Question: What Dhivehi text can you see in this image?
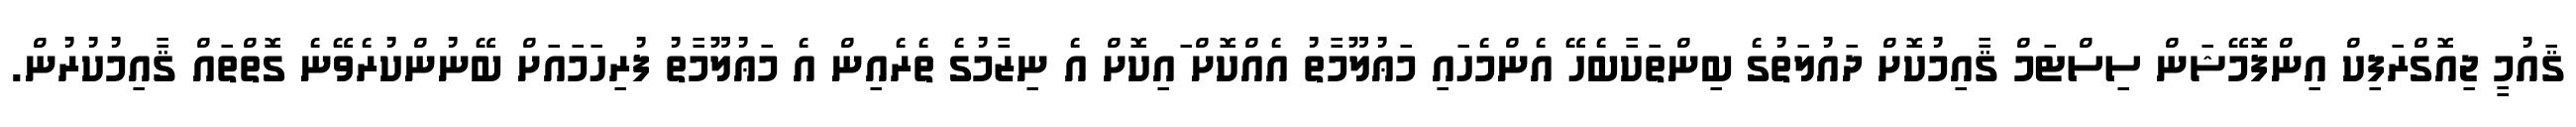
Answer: ޤައުމީ ޖިއޮގްރަފިކް އިންފޮމޭޝަން ސިސްޓަމް ޤާއިމުކޮށް ދައުލަތުގެ ބިންތަކާބެހޭ އެންމެހައި މަޢުލޫމާތު އެއްކޮށް ައިކޮށް އެ ނިޒާމުގެ ތެރެއިން އެ މަޢުލޫމާތު ފުރިހަމައަށް ބޭނުންކުރެވޭނެ ގޮތްތައް ޤާއިމުކުރުން.